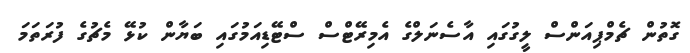
ގޮތުން ޗެމްޕިއަންސް ލީގުގައި އާސެނަލްގެ އެމިރޭޓްސް ސްޓޭޑިއަމުގައި ބަޔާން ކުޅޭ މެޗުގެ ފުރަތަމަ